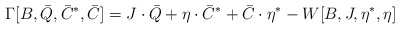
\begin{align*}\Gamma[B,\bar Q,\bar C^\ast,\bar C ] = J \cdot \bar Q + \eta\cdot\bar C^\ast + \bar C \cdot \eta^\ast - W[B,J,\eta^\ast,\eta]\end{align*}